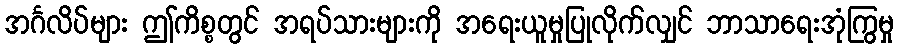
အင်္ဂလိပ်များ ဤကိစ္စတွင် အရပ်သားများကို အရေးယူမှုပြုလိုက်လျှင် ဘာသာရေးအုံကြွမှု